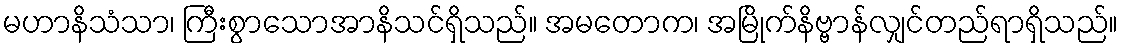
မဟာနိသံသာ၊ ကြီးစွာသောအာနိသင်ရှိသည်။ အမတောက၊ အမြိုက်နိဗ္ဗာန်လျှင်တည်ရာရှိသည်။